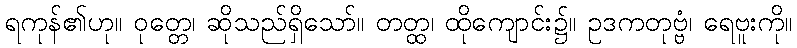
ရကုန်၏ဟု။ ဝုတ္တေ၊ ဆိုသည်ရှိသော်။ တတ္ထ၊ ထိုကျောင်း၌။ ဥဒကတုဗ္ဗံ၊ ရေဗူးကို။